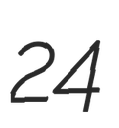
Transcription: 24